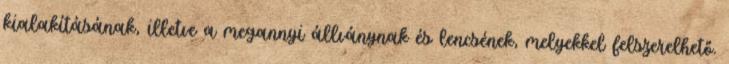
kialakításának, illetve a megannyi állványnak és lencsének, melyekkel felszerelhető.